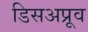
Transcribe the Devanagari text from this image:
डिसअप्रूव